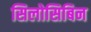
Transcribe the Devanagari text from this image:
सिलोसिबिन